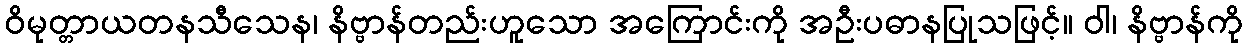
ဝိမုတ္တာယတနသီသေန၊ နိဗ္ဗာန်တည်းဟူသော အကြောင်းကို အဦးပဓာနပြုသဖြင့်။ ဝါ၊ နိဗ္ဗာန်ကို